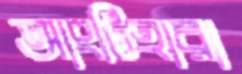
আংটিহারা